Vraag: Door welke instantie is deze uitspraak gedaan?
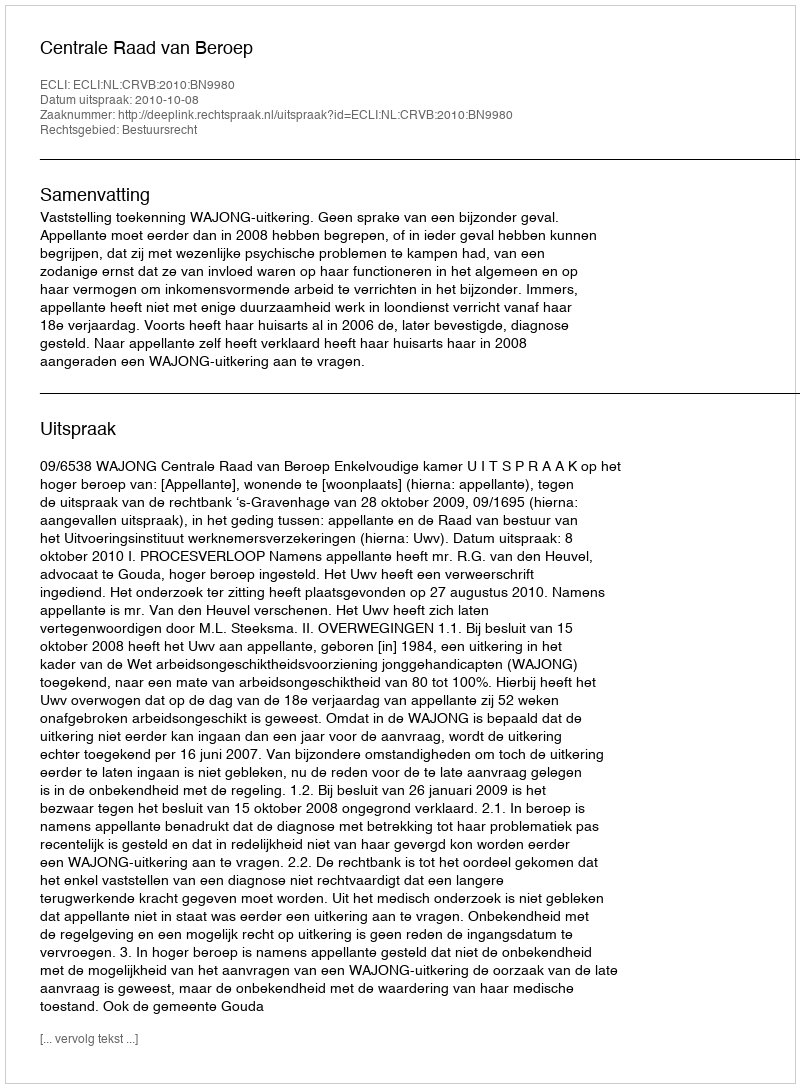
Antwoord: Centrale Raad van Beroep